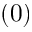
( 0 )